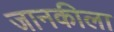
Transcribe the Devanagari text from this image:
जानकीला